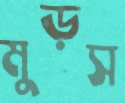
মুড়স